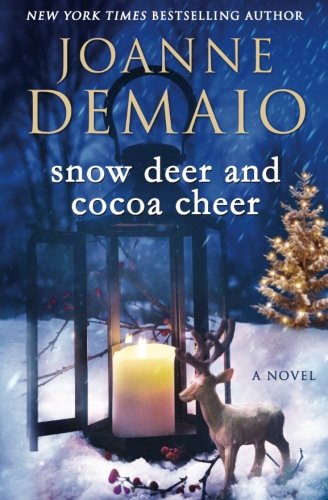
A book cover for Snow Deer and Cocoa Cheer; Joanne DeMaio; Literature & Fiction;